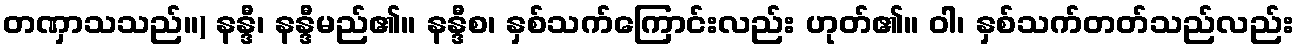
တဏှာသသည်။) နန္ဒီ၊ နန္ဒီမည်၏။ နန္ဒီစ၊ နှစ်သက်ကြောင်းလည်း ဟုတ်၏။ ဝါ၊ နှစ်သက်တတ်သည်လည်း